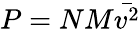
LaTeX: P=NM{\bar{v^{2}}}